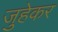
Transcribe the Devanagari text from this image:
जुहेकर